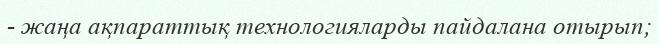
- жаңа ақпараттық технологияларды пайдалана отырып;